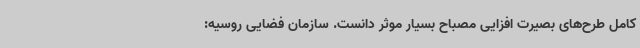
کامل طرح‌های بصیرت افزایی مصباح بسیار موثر دانست. سازمان فضایی روسیه: